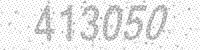
Solution: 413050